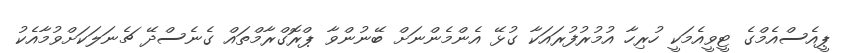
ޕީއެސްއެމްގެ ޓީވީއެމަކީ ހުރިހާ އުމުރުފުރައަކާ ގުޅޭ އެންމެންނަށް ބޭނުންވާ ޕްރޮގްރާމްތައް ގެނެސްދޭ ޗެނަލަކަށްވުމާއެކު